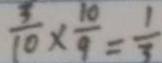
\frac { 3 } { 1 0 } \times \frac { 1 0 } { 9 } = \frac { 1 } { 3 }